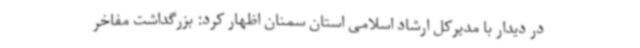
در دیدار با مدیرکل ارشاد اسلامی استان سمنان اظهار کرد: بزرگداشت مفاخر